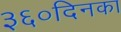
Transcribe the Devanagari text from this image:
३६०दिनका